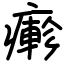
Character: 𤺋